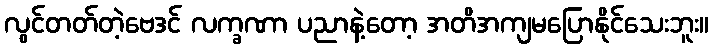
လွင်တတ်တဲ့ဗေဒင် လက္ခဏာ ပညာနဲ့တော့ အတိအကျမပြောနိုင်သေးဘူး။